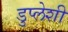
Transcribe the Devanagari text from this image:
डुप्लेशी